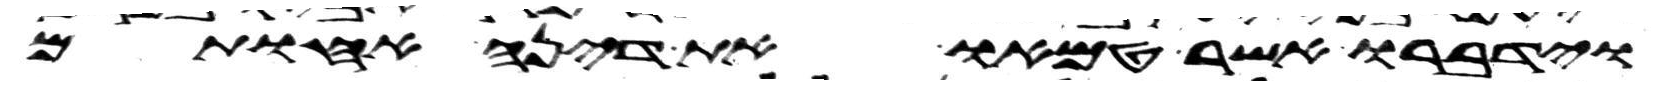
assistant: וידברו אשר טמאו את דינה אחותם